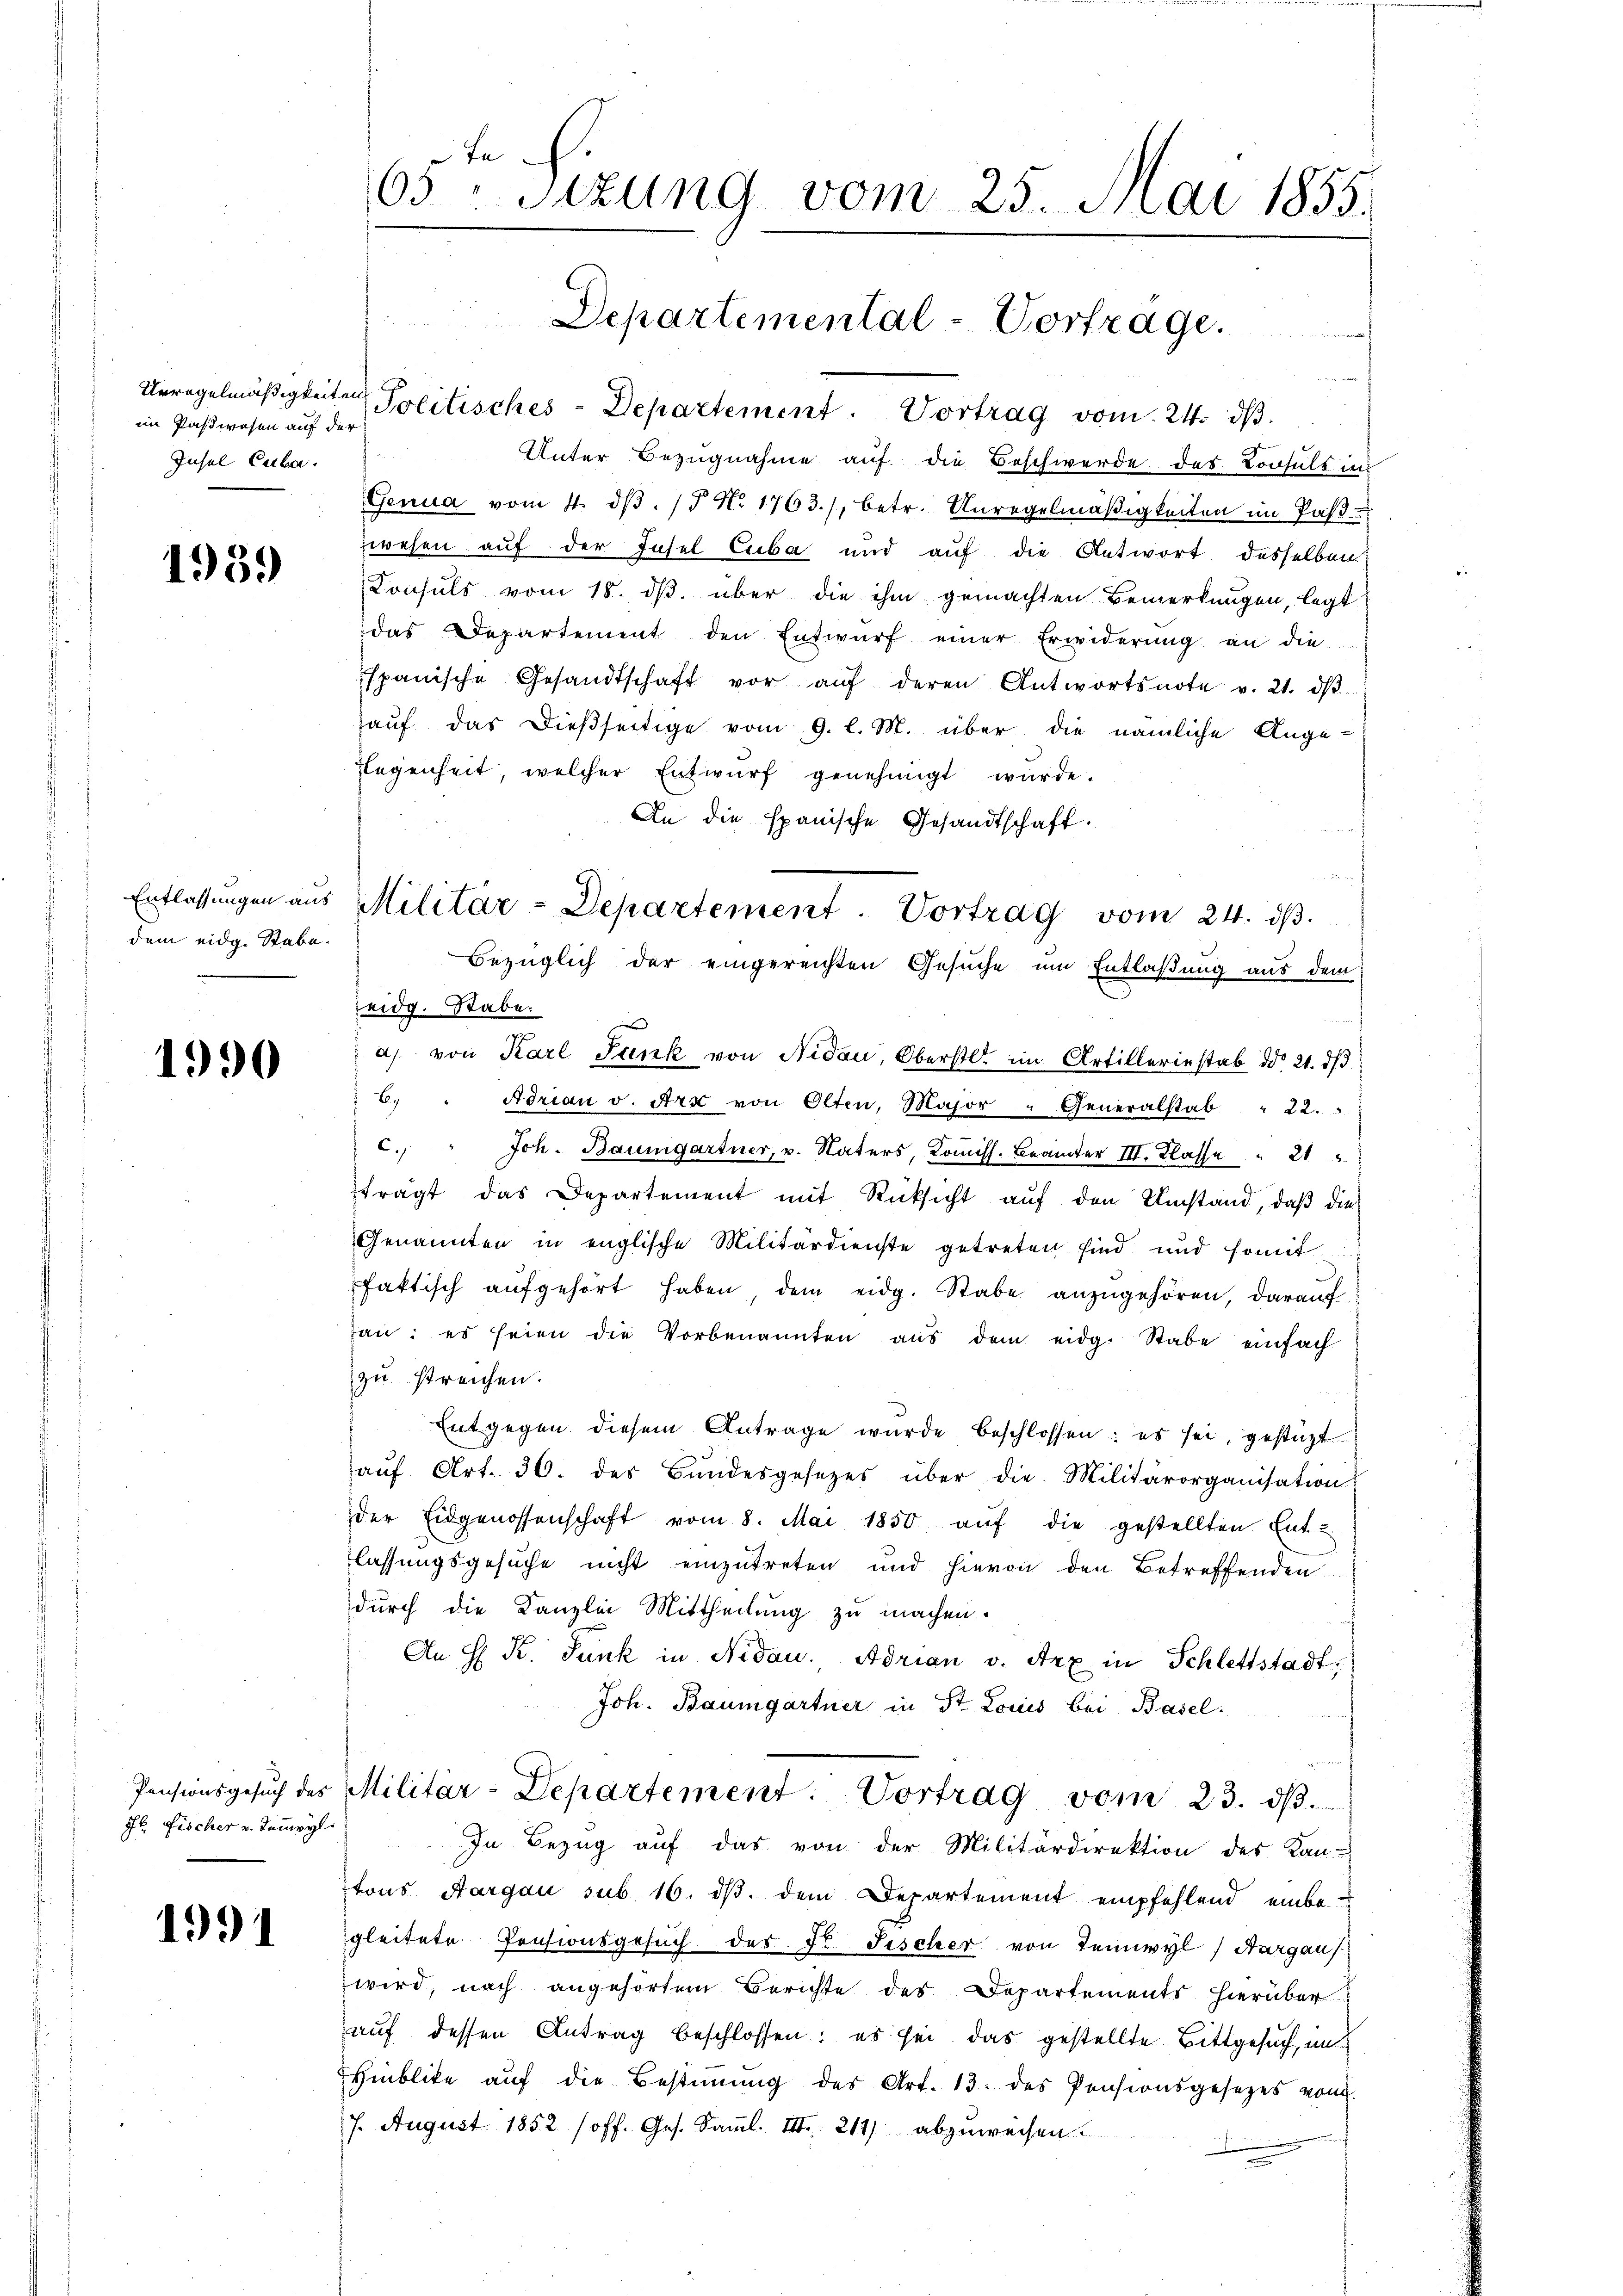
im Paßwesen auf der
Insel Cuba

1939

dem eidg. Stabe.

1990

Pensionsgesuch des
St. Fischer v. Tempyl.

1991

Fr
65 Sitzung vom 25. Mai 1855.

Urregelmäßigkeiten Politisches - Departement. Vortrag vom 24. dβ.
Unter Bezugnahme auf die Beschwerde des Konsuls in
Genua vom 4. dβ. /5 No 1763), betr. Unregelmäßigkeiten im Pas
zwesen auf der Insel Cuba und aŭf die Antwort desselben:
Konsuls vom 18. dβ über die ihm gemachten Bemerkungen, legt
das Departement den Entwŭrf einer Erwiderŭng an die
spanische Gesandtschaft vor aŭf deren Antwortsnote v. 21. dβ
auf das dießseitige vom 9. l. M. über die nämliche Ange-
Regenheit, welcher Entwurf genehmigt würde.
An die spanische Gesandtschaft.
ich
Bezüglich der eingereichten Gesuche um Entlaßung aus dem
Zeidg. Stabe.
a) von Karl Funk von Nidau, Oberstl. im Artilleriestab ddo 21. dβ
b
Adrian v. Art von Olten, Major " Generalstab " 22.
c. " Joh. Baumgartner, u. Vaters, Koṁiss. Brämter III. Klasse  "  21
trägt das Departement mit Rücksicht auf den Umstand, daß die
Genannten in englische Militärdienste getreten sind und somit
faktisch aufgehört haben, dem eidg. Stabe anzugehören, darauf
an: es seien die Vorbenannten aŭs dem eidg. Stabe einfach
zu streichen.
Entgegen diesem Antrage wurde beschlossen: es sei, gestützt
aŭf Art. 36. des Bŭndesgesetzes über die Militärorganisation
der Eidgenossenschaft vom 8. Mai 1850 aŭf die gestellten Ent-
lassungsgesuche nicht einzutreten und hievon den Betreffenden
durch die Kanzlei Mittheilung zu machen.
An H K. Junk in Nidau. Adrian v. Arx in Schlettstadt¬
Joh. Baumgartner in St. Louis bei Basel
Militär-Departement. Vortrag vom 23. dβ.
In Bezug auf das von der Militärdirektion des Kan-
tons Aargau sub. 16. dβ. dem Departement empfehlend einbegleitete Pensionsgesuch des Dr. Fischer von Teinwyl, Aargau
wird, nach angehörtem Berichte des Departements hierüber
auf dessen Antrag beschlossen; es sei das gestellte Bittgesuch, im
Hiblite aŭf die Bestiṁŭng des Art. 13. des Pensionsgesetzes vom
7. August 1852 (off. Ges. Samml. III 211 abzuweisen

Entlassŭngen aus Militär-Departement. Vortrag vom 24. dβ.

Departemental-Vortrage.